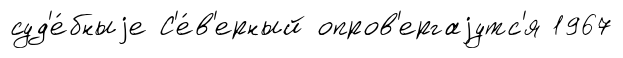
суд'е́бныjе С'е́в'ерный опров'ергаjутс'я 1967